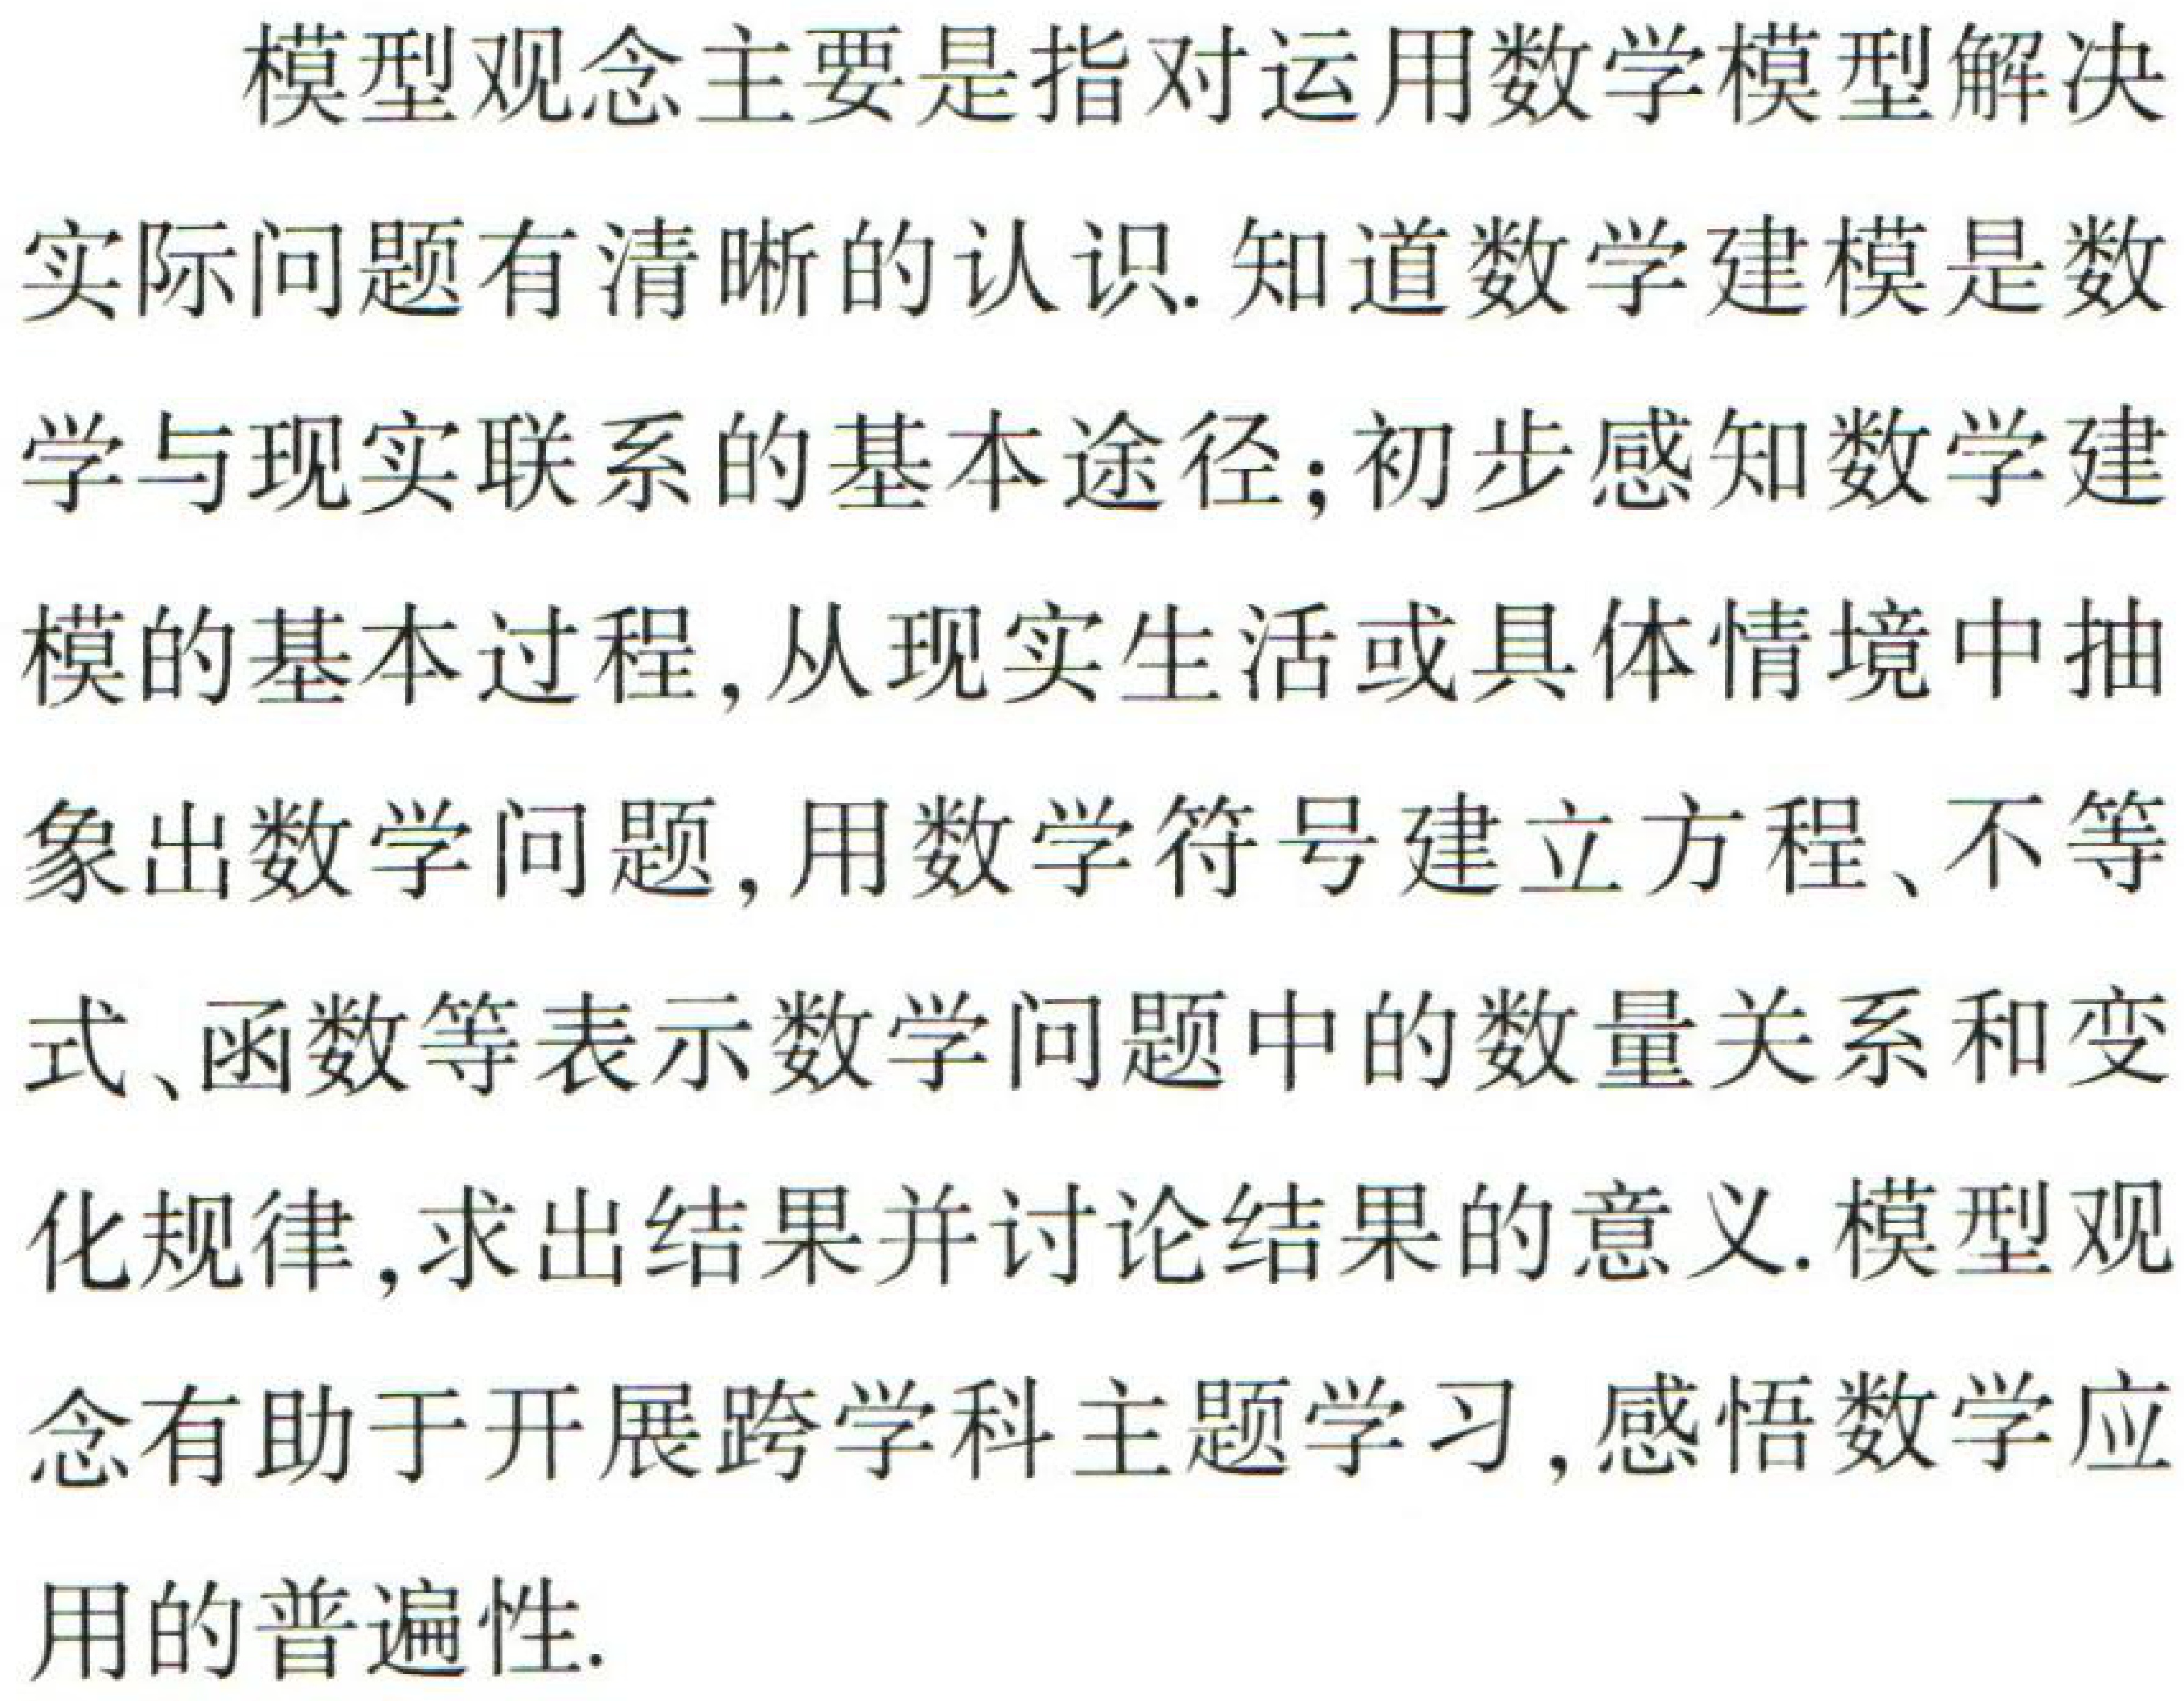
模型观念主要是指对运用数学模型解决
实际问题有清晰的认识. 知道数学建模是数
学与现实联系的基本途径; 初步感知数学建
模的基本过程, 从现实生活或具体情境中抽
象出数学问题, 用数学符号建立方程、不等
式、函数等表示数学问题中的数量关系和变
化规律, 求出结果并讨论结果的意义. 模型观
念有助于开展跨学科主题学习, 感悟数学应
用的普遍性.